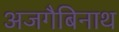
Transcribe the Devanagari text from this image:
अजगैबिनाथ